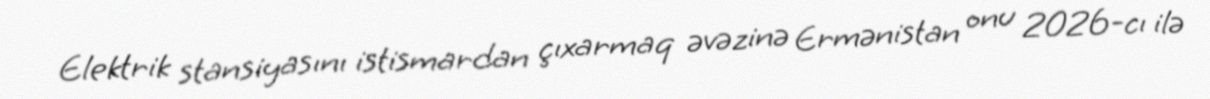
Elektrik stansiyasını istismardan çıxarmaq əvəzinə Ermənistan onu 2026-cı ilə